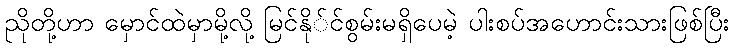
ညိုတို့ဟာ မှောင်ထဲမှာမို့လို့ မြင်နို်င်စွမ်းမရှိပေမဲ့ ပါးစပ်အဟောင်းသားဖြစ်ပြီး